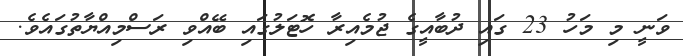
ވަނީ މި މަހު 23 ގައި ދުބާއީގެ ޖުމެއިރާ ހޮޓަލުގައި ބޭއްވި ރަސްމިއްޔާތުގައެވެ.